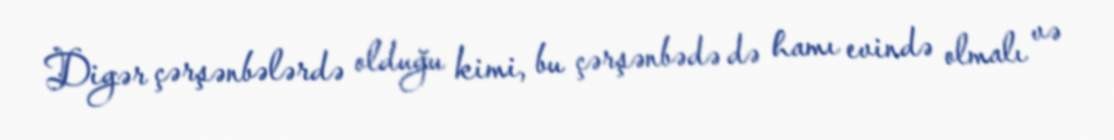
Digər çərşənbələrdə olduğu kimi, bu çərşənbədə də hamı evində olmalı və